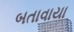
બતાવાયા